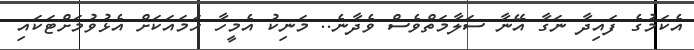
އެކަމުގެ ފައިދާ ނަގާ އޭނާ ސަލާމަތްވެސް ވެދާނެ.. މަނިކު އެމީހާ ހަމައަކަށް އެޅުވުމަށްޓަކައި